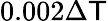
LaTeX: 0.002\Delta\mathsf{T}